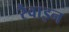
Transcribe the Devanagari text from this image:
रैवाइन